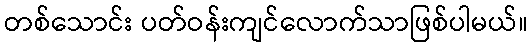
တစ်သောင်း ပတ်ဝန်းကျင်လောက်သာဖြစ်ပါမယ်။